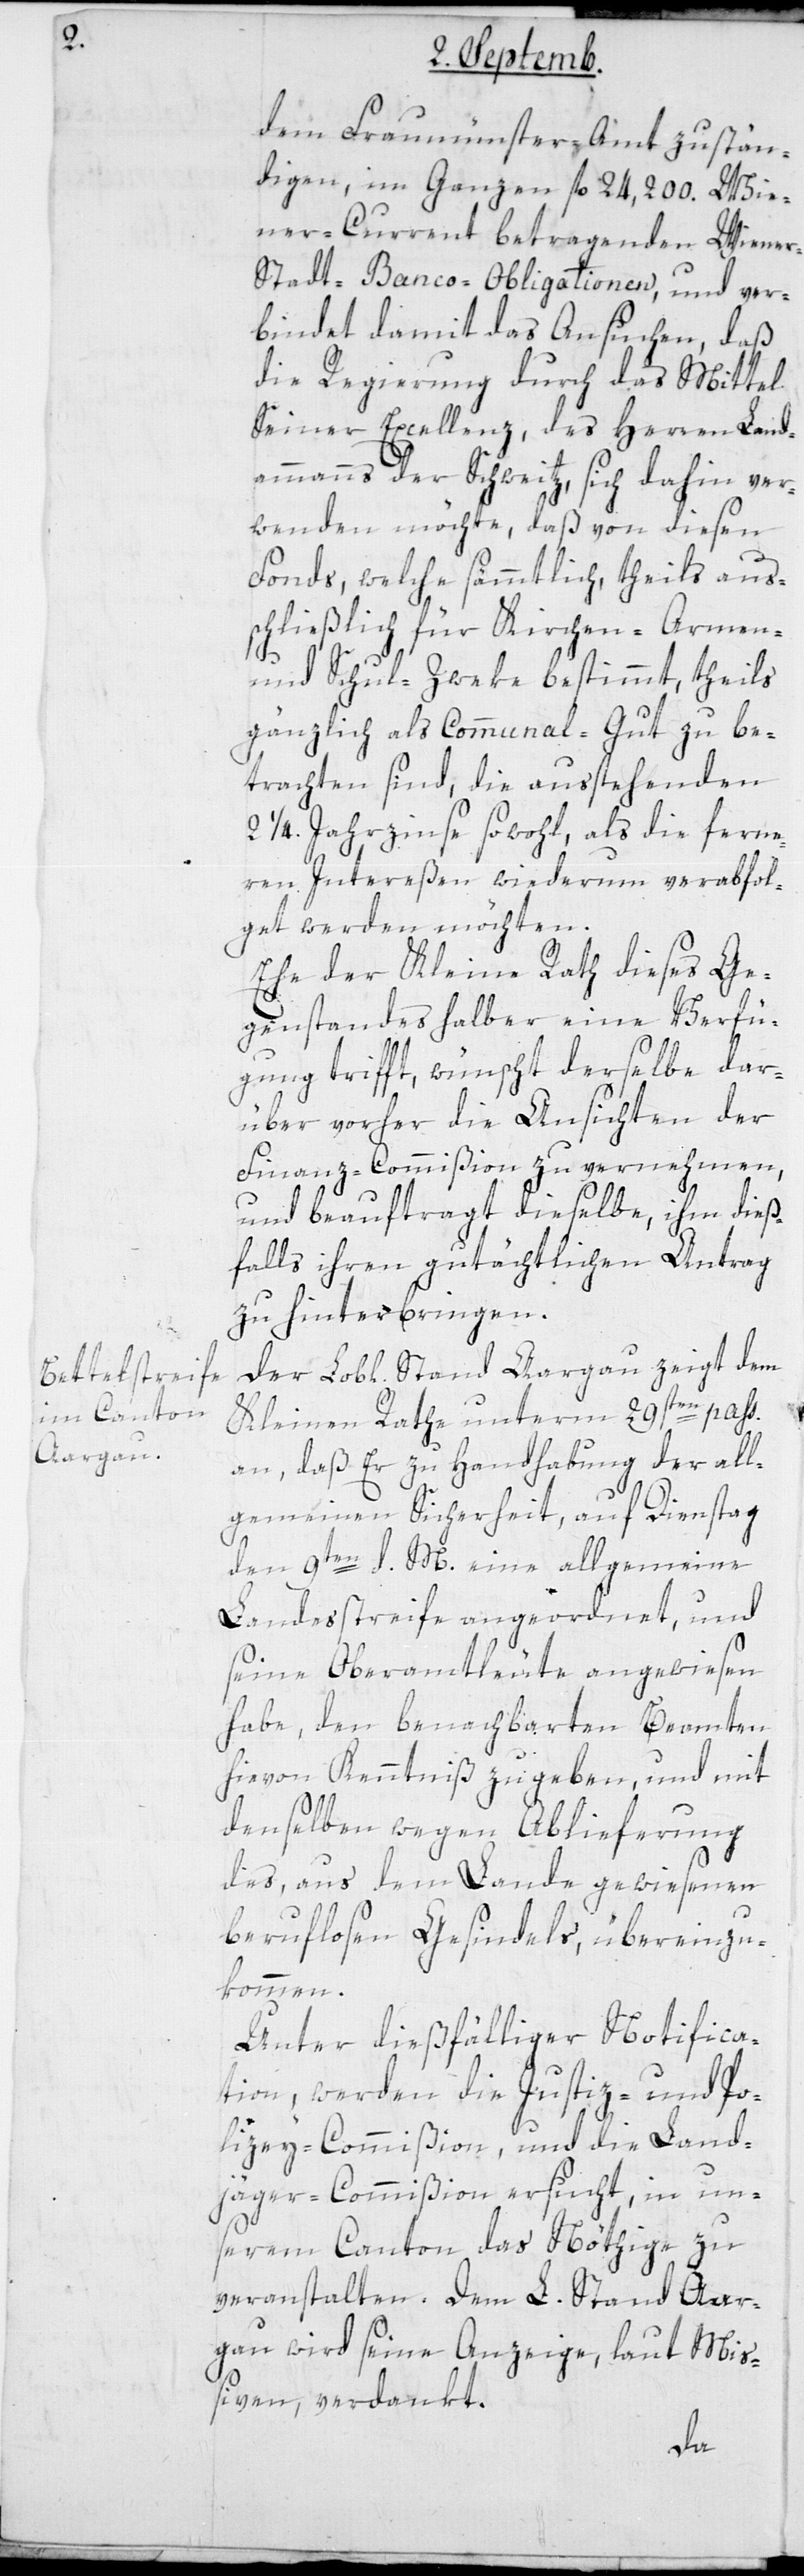
dem Fraumünster-Amt zustän¬
digen, im ganzen fl. 24 200. Wie¬
ner-Current betragenden Wiene¬
r-Stadt-Banco-Obligationen, und ver¬
bindet damit das Ansuchen, daß
die Regierung durch das Mittel
Seiner Excellenz, des Herren Land¬
ammanns der Schweitz, sich dahin ver¬
wenden möchte, daß von diesen
Fonds, welche sämmtliche, theils aus¬
schließlich für Kirchen-[,] Armen-
und Schul-Zweke bestimmt, theils
gänzlich als Communal-Gut zu be¬
trachten sind, die außtehenden
2 1/4. Jahrzinse sowohl, als die ferne¬
ren Intereßen wiederum verabfol¬
get werden möchten.
Ehe der Kleine Rath dieses Ge¬
genstandes halber eine Verfü¬
gung trifft, wünscht derselbe dar¬
über vorher die Ansichten der
Finanz-Commißion zu vernehmen,
und beauftragt dieselbe, ihm dieß¬
falls ihren gutächtlichen Antrag
zu hinterbringen.
Der Lobl. Stand Aargau zeigt dem
Kleinen Rathe unterm 29sten pass.
an, daß er zu Handhabung der all¬
gemeinen Sicherheit, auf Dienstag
den 9ten d. M. eine allgemeine
Landesstreife angeordnet, und
seine Oberamtleute angewiesen
habe, den benachbarten Beamten
hievon Kenntniß zu geben, und mit
denselben wegen Ablieferung
des, aus dem Lande gewiesenen
beruflosen Gesindels, übereinzu¬
kommen.
Unter dießfälliger Notifica¬
tion, werden die Justiz- und Po¬
lizei-Commißion und die Land¬
jäger-Commißion ersucht, in un¬
serm Canton das Nöthige zu
veranstalten. Dem L. Stand Aar¬
gau wird seine Anzeige, laut Miß¬
iven, verdankt.